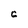
Character: C